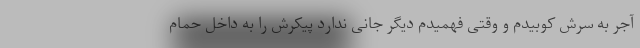
آجر به سرش کوبیدم و وقتی فهمیدم دیگر جانی ندارد پیکرش را به داخل حمام